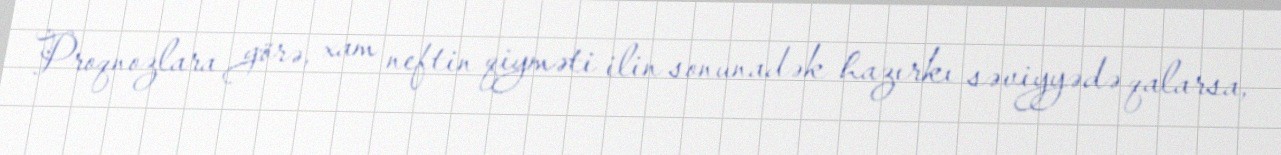
Proqnozlara görə, xam neftin qiyməti ilin sonunadək hazırkı səviyyədə qalarsa,